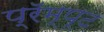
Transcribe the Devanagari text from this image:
प्रॅम्प्ट